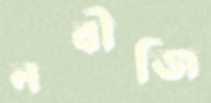
নবীজি